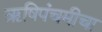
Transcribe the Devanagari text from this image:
ऋषिपंचमीचा